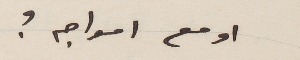
او مع امواجه؟